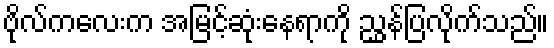
ဗိုလ်ကလေးက အမြင့်ဆုံးနေရာကို ညွှန်ပြလိုက်သည်။